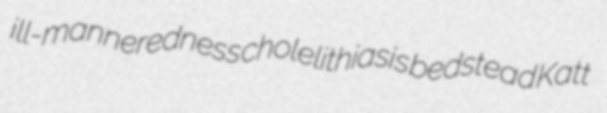
ill-manneredness cholelithiasis bedstead Katt